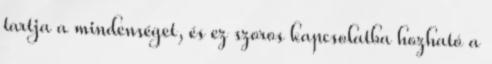
tartja a mindenséget, és ez szoros kapcsolatba hozható a